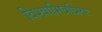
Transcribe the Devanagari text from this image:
विश्वामित्रप्रियः